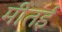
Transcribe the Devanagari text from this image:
मीतई